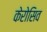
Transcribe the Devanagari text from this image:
केरोसिव